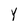
Character: Y